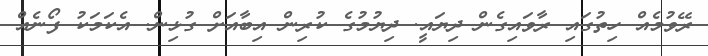
ރޭވުމެއް ހިތުގައި ރާވައިގެން ދިޔައީ. ދިޔުމުގެ ކުރިން އިބާއަށް ގުޅިން. އެކަމަކު ފޯނެއް